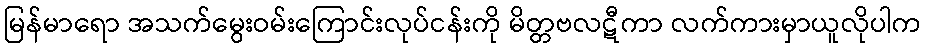
မြန်မာရော အသက်မွေးဝမ်းကြောင်းလုပ်ငန်းကို မိတ္တဗလဋီကာ လက်ကားမှာယူလိုပါက